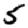
Digit: 5